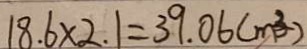
1 8 . 6 \times 2 . 1 = 3 9 . 0 6 ( m ^ { 3 } )